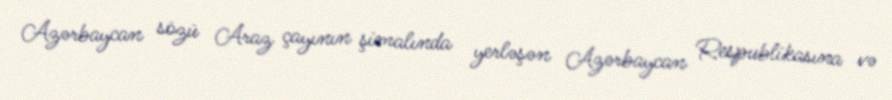
Azərbaycan sözü Araz çayının şimalında yerləşən Azərbaycan Respublikasına və